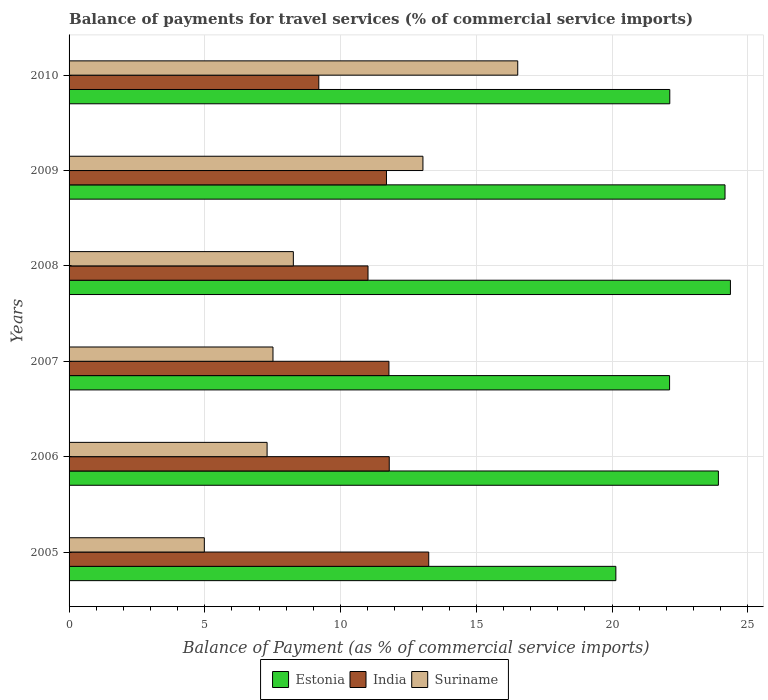
| Years | Estonia | India | Suriname |
 | --- | --- | --- | --- |
 | 2005 | 20.1 | 13.2 | 4.98 |
 | 2006 | 23.9 | 11.8 | 7.29 |
 | 2007 | 22.1 | 11.8 | 7.51 |
 | 2008 | 24.4 | 11 | 8.26 |
 | 2009 | 24.2 | 11.7 | 13 |
 | 2010 | 22.1 | 9.2 | 16.5 |